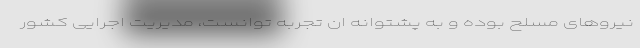
نیروهای مسلح بوده و به پشتوانه ان تجربه توانست، مدیریت اجرایی کشور